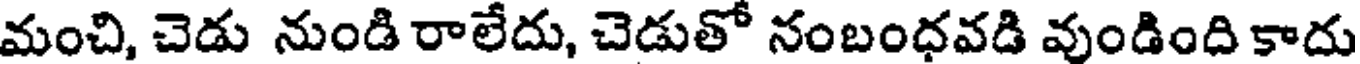
మంచి, చెడు నుండి రాలేదు, చెడుతో నంబంధవడి వుండింది కాదు